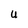
Character: U